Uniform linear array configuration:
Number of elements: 16
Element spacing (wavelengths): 0.5
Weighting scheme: cosine
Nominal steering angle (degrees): -45
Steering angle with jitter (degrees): -44.025
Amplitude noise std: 0.05
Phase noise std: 0.05

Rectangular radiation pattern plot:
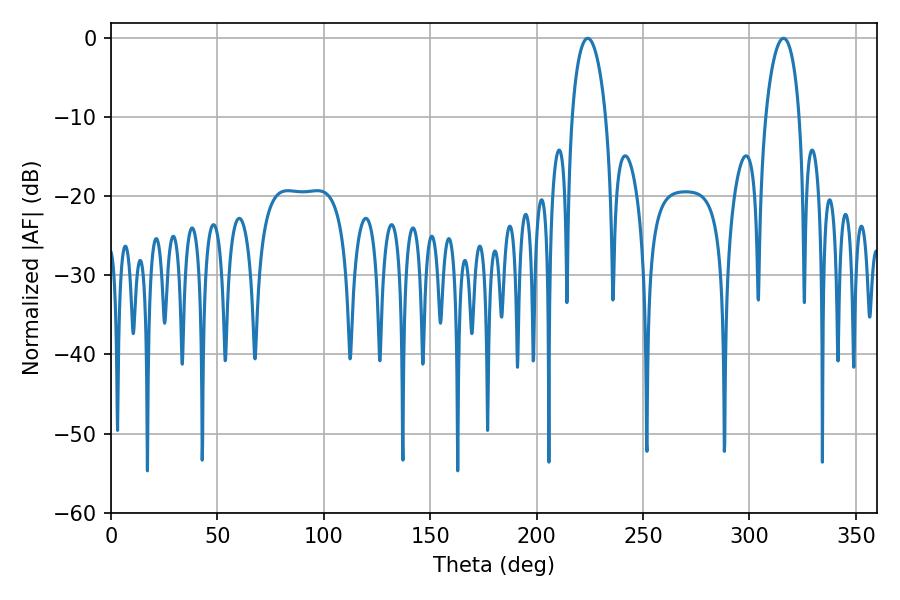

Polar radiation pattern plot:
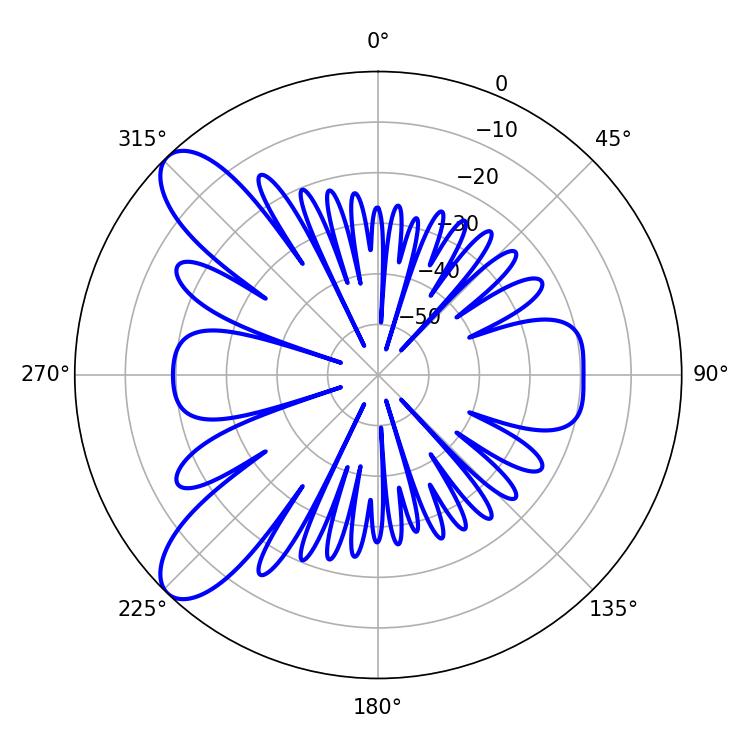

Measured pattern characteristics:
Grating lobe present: FALSE
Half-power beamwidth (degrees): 9.18
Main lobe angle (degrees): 223.92